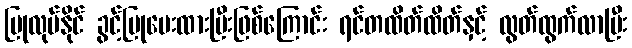
ပြုလုပ်နိုင် ခွင့်ပြုပေးထားပြီးဖြစ်ကြောင်း ရင်တထိတ်ထိတ်နှင့် လွတ်ထွက်လာပြီး